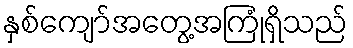
နှစ်ကျော်အတွေ့အကြုံရှိသည်